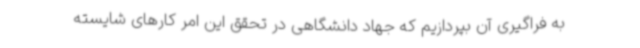
به فراگیری آن بپردازیم که جهاد دانشگاهی در تحقق این امر کارهای شایسته